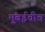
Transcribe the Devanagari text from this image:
मुंबईचीच